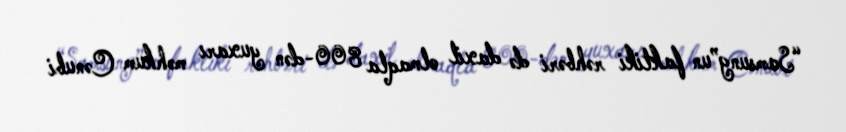
“Samsung”un faktiki rəhbəri də daxil olmaqla 800-dən yuxarı məhkum Cənubi